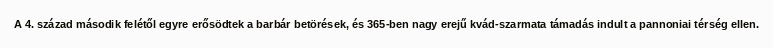
A 4. század második felétől egyre erősödtek a barbár betörések, és 365-ben nagy erejű kvád-szarmata támadás indult a pannoniai térség ellen.